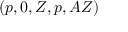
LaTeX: ( p , 0 , Z , p , A Z )